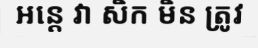
អន្តេ វា សិក មិន ត្រូវ